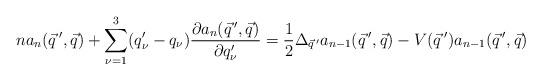
LaTeX: \begin{align*} na_n(\vec q\,',\vec q) + \sum_{\nu=1}^3 (q'_{\nu}-q_{\nu}) \frac{\partial a_n(\vec q\,',\vec q)}{\partial q'_{\nu}} = \frac{1}{2} \Delta_{\vec q\,'} a_{n-1}(\vec q\,',\vec q) - V(\vec q\,')a_{n-1}(\vec q\,',\vec q)\end{align*}